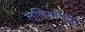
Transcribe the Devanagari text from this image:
ललितगिरि।